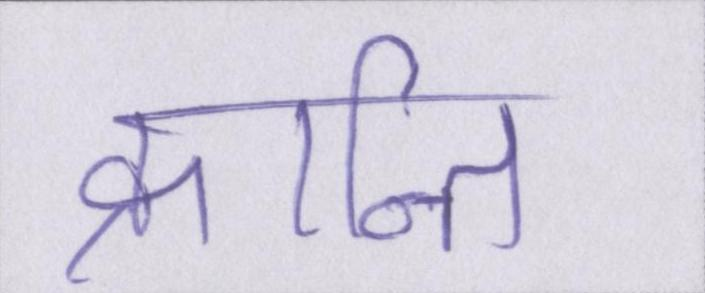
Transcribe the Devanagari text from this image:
क्रान्ति